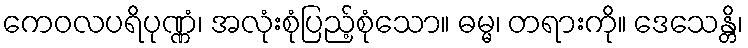
ကေဝလပရိပုဏ္ဏံ၊ အလုံးစုံပြည့်စုံသော။ ဓမ္မ၊ တရားကို။ ဒေသေန္တိ၊